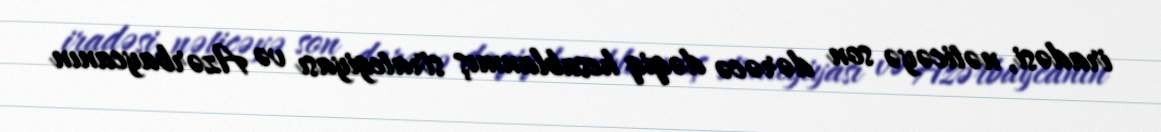
iradəsi, nəticəyə son dərəcə dəqiq hesablanmış strategiyası və Azərbaycanın